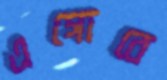
এগোবে